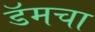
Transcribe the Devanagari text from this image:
डॅमचा